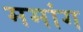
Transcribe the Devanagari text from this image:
ममांग